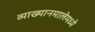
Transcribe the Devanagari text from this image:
व्याख्यानमालेमध्ये